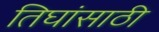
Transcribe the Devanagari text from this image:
तिघांसाठी